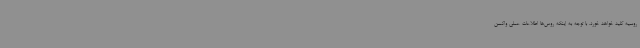
روسیه کلید خواهد خورد. با توجه به اینکه روس‌ها اطلاعات عملی واکسن